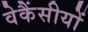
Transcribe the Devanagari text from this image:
वेकैंसीयों